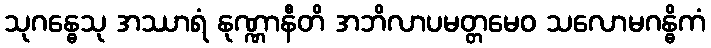
သုဂန္ဓေသု အဿာရံ နုဏ္ဏာနီတိ အဘိလာပမတ္တမေဝ သလောမဂန္ဓိကံ